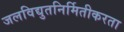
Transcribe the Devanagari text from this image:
जलविद्युतनिर्मितीकरता